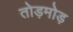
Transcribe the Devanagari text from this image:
तोड़मोड़